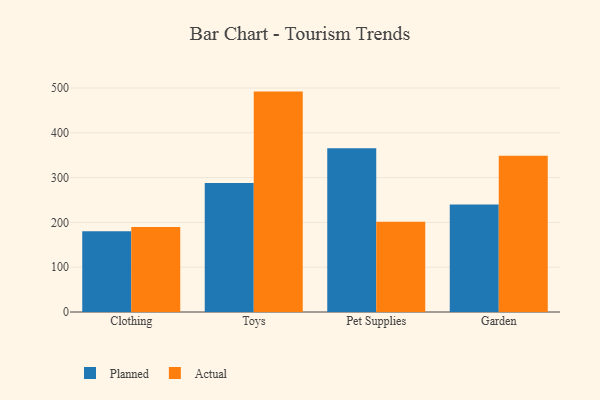
{"axis": {"x": "Category", "y": "Inventory Turnover"}, "legend": ["Actual", "Planned"], "data": [{"x": "Clothing", "y": 180.3, "type": "Planned"}, {"x": "Clothing", "y": 189.5, "type": "Actual"}, {"x": "Toys", "y": 288.2, "type": "Planned"}, {"x": "Toys", "y": 492.0, "type": "Actual"}, {"x": "Pet Supplies", "y": 365.7, "type": "Planned"}, {"x": "Pet Supplies", "y": 201.6, "type": "Actual"}, {"x": "Garden", "y": 239.7, "type": "Planned"}, {"x": "Garden", "y": 348.6, "type": "Actual"}]}